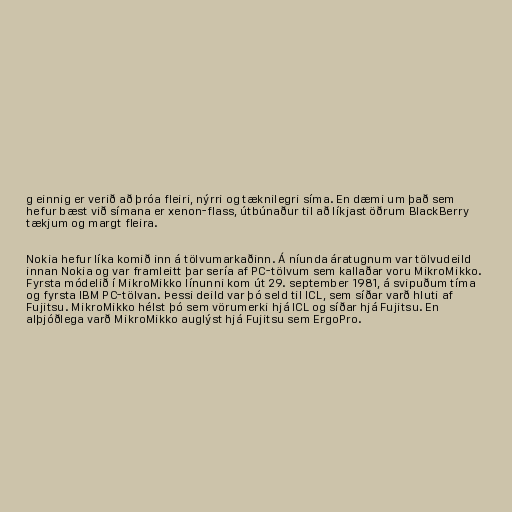
g einnig er verið að þróa fleiri, nýrri og tæknilegri síma. En dæmi um það sem
hefur bæst við símana er xenon-flass, útbúnaður til að líkjast öðrum BlackBerry
tækjum og margt fleira.

Nokia hefur líka komið inn á tölvumarkaðinn. Á níunda áratugnum var tölvudeild
innan Nokia og var framleitt þar sería af PC-tölvum sem kallaðar voru MikroMikko.
Fyrsta módelið í MikroMikko línunni kom út 29. september 1981, á svipuðum tíma
og fyrsta IBM PC-tölvan. Þessi deild var þó seld til ICL, sem síðar varð hluti af
Fujitsu. MikroMikko hélst þó sem vörumerki hjá ICL og síðar hjá Fujitsu. En
alþjóðlega varð MikroMikko auglýst hjá Fujitsu sem ErgoPro.